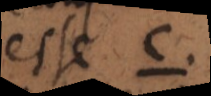
esse c.